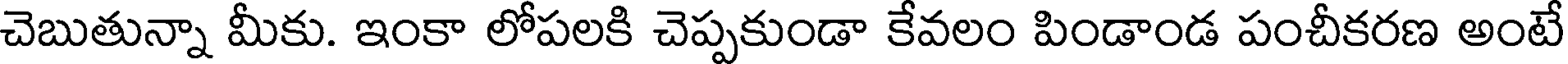
చెబుతున్నా మీకు. ఇంకా లోపలకి చెప్పకుండా కేవలం పిండాండ పంచీకరణ అంటే